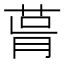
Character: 𦲭